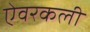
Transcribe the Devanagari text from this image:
ऐवरकली